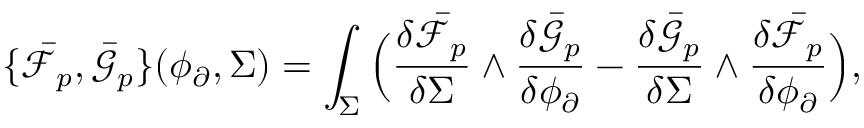
\{ \bar { \mathcal { F } } _ { p } , \bar { \mathcal { G } } _ { p } \} ( \phi _ { \partial } , \Sigma ) = \int _ { \Sigma } \Big ( \frac { \delta \bar { \mathcal { F } } _ { p } } { \delta \Sigma } \wedge \frac { \delta \bar { \mathcal { G } } _ { p } } { \delta \phi _ { \partial } } - \frac { \delta \bar { \mathcal { G } } _ { p } } { \delta \Sigma } \wedge \frac { \delta \bar { \mathcal { F } } _ { p } } { \delta \phi _ { \partial } } \Big ) ,